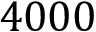
4 0 0 0